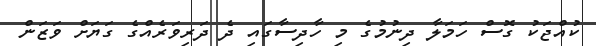
ކުއްޖަކު ގޮސް ހަމަލާ ދިނުމުގެ މި ހާދިސާގައި ދެ ދަރިވަރެއްގެ ގަޔަށް ވަޒަން